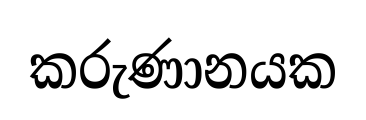
කරුණානයක